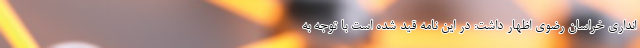
انداری خراسان رضوی اظهار داشت: در این نامه قید شده است با توجه به